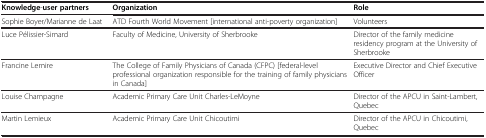
<table><thead><tr><td><b>Knowledge-user partners</b></td><td><b>Organization</b></td><td><b>Role</b></td></tr></thead><tbody><tr><td>Sophie Boyer/Marianne de Laat</td><td>ATD Fourth World Movement [international anti-poverty organization]</td><td>Volunteers</td></tr><tr><td>Luce Pélissier-Simard</td><td>Faculty of Medicine, University of Sherbrooke</td><td>Director of the family medicine residency program at the University of Sherbrooke</td></tr><tr><td>Francine Lemire</td><td>The College of Family Physicians of Canada (CFPC) [federal-level professional organization responsible for the training of family physicians in Canada]</td><td>Executive Director and Chief Executive Officer</td></tr><tr><td>Louise Champagne</td><td>Academic Primary Care Unit Charles-LeMoyne</td><td>Director of the APCU in Saint-Lambert, Quebec</td></tr><tr><td>Martin Lemieux</td><td>Academic Primary Care Unit Chicoutimi</td><td>Director of the APCU in Chicoutimi, Quebec</td></tr></tbody></table>